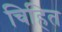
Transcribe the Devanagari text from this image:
चिहित